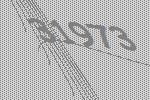
31973